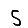
Digit: 5